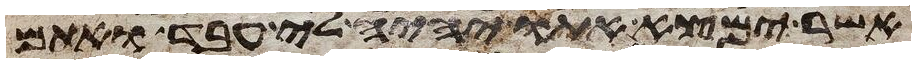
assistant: אשר ימצא אתו יהיה לי עבד ואתם